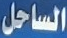
الساحل